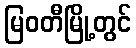
မြဝတီမြို့တွင်